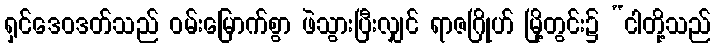
ရှင်ဒေဝဒတ်သည် ဝမ်းမြောက်စွာ ဖဲသွားပြီးလျှင် ရာဇဂြိုဟ် မြို့တွင်း၌ “ငါတို့သည်